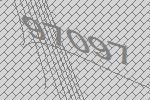
97097